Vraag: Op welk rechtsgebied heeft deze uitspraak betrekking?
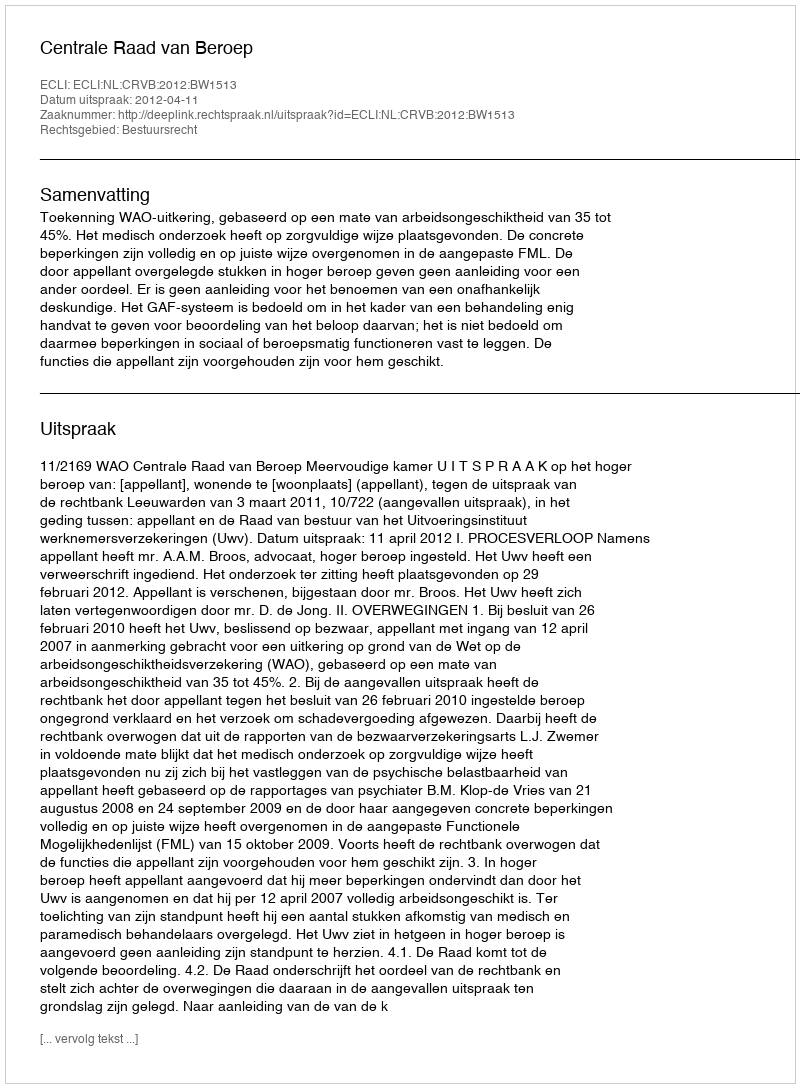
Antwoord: Bestuursrecht